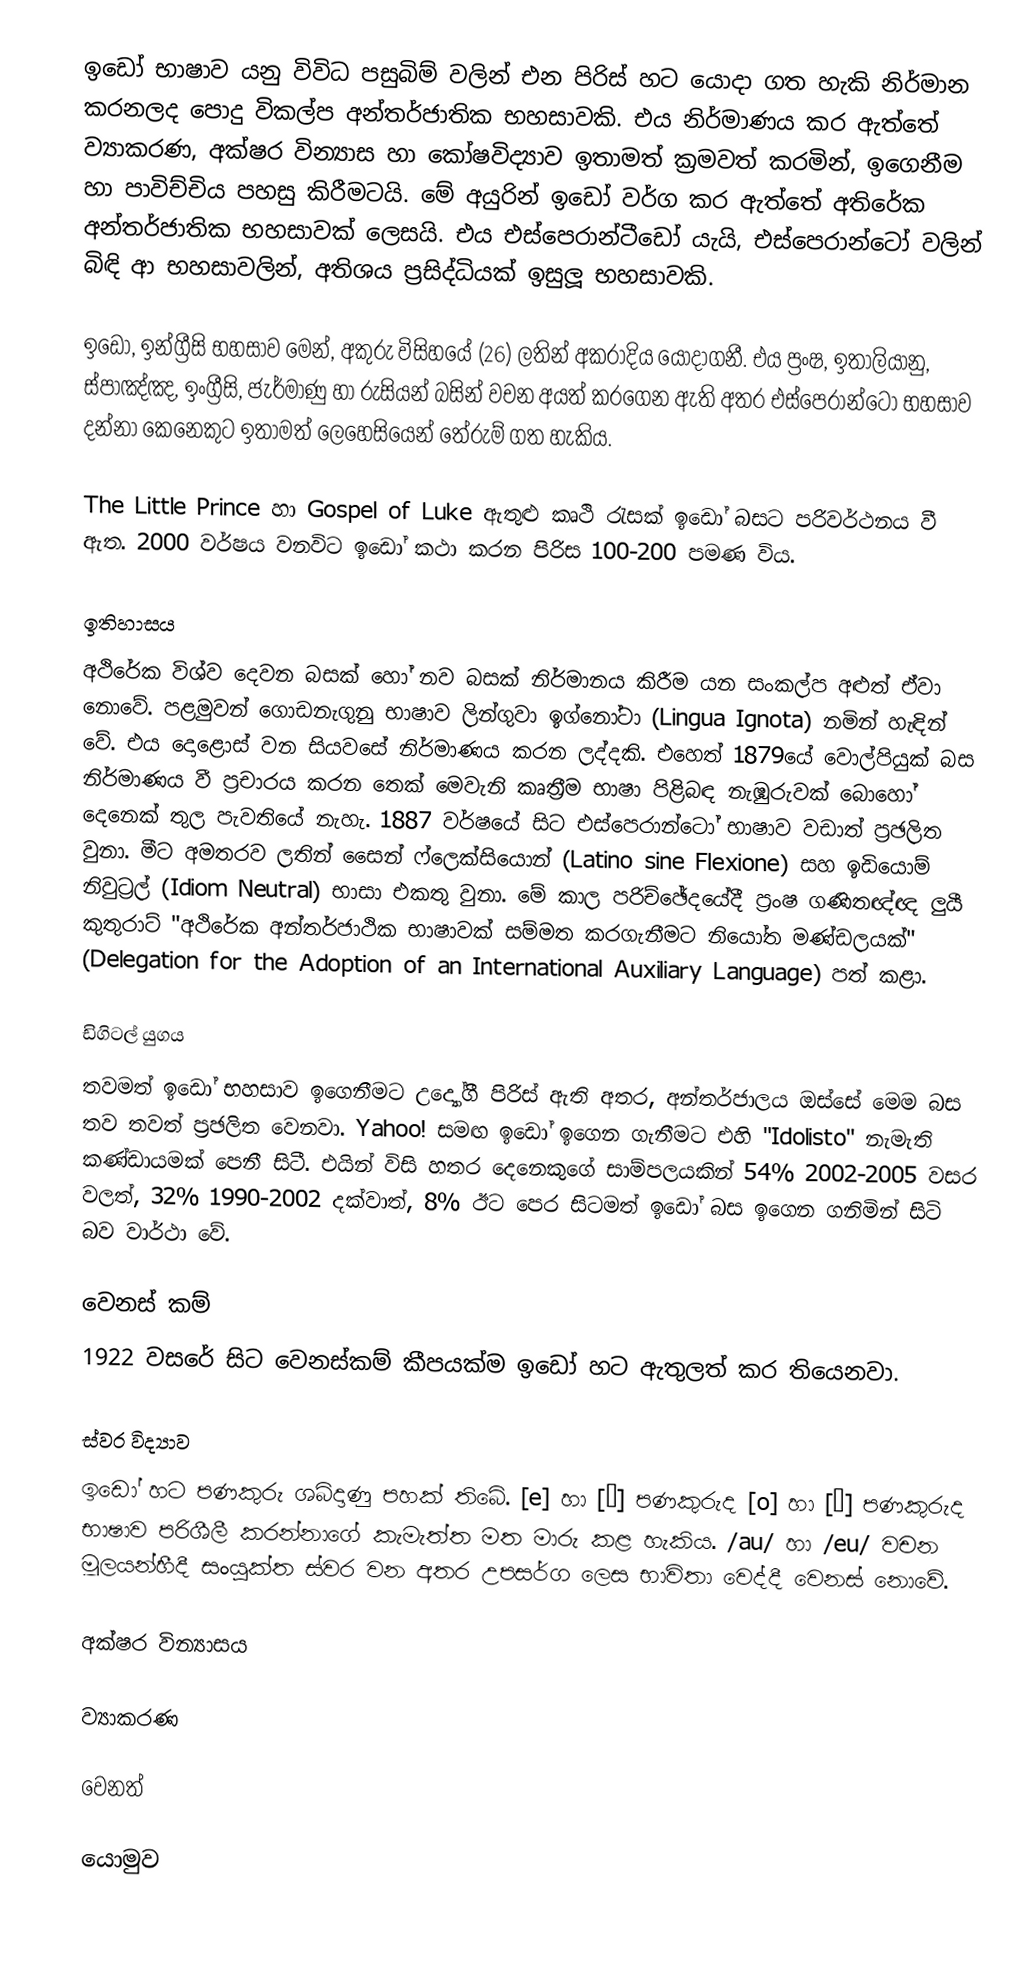
ඉඩෝ භාෂාව යනු විවිධ පසුබිම් වලින් එන පිරිස් හට යොදා ගත හැකි නිර්මාන කරනලද පොදු විකල්ප අන්තර්ජාතික භහසාවකි. එය නිර්මාණය කර ඇත්තේ ව්‍යාකරණ, අක්ෂර වින්‍යාස හා කෝෂවිද්‍යාව ඉතාමත් ක්‍රමවත් කරමින්, ඉගෙනීම හා පාවිච්චිය පහසු කිරීමටයි. මේ අයුරින් ඉඩෝ වර්ග කර ඇත්තේ අතිරේක අන්තර්ජාතික භහසාවක් ලෙසයි. එය එස්පෙරාන්ටීඩෝ යැයි, එස්පෙරාන්ටෝ වලින් බිඳි ආ භහසාවලින්, අතිශය ප්‍රසිද්ධියක් ඉසුලූ භහසාවකි.

ඉඩෝ, ඉන්ග්‍රීසි භහසාව මෙන්, අකුරු විසිහයේ (26) ලතින් අකරාදිය යොදාගනී. එය ප්‍රංෂ, ඉතාලියානු, ස්පාඤ්ඤ, ඉංග්‍රීසි, ජැර්මාණු හා රුසියන් බසින් වචන අයත් කරගෙන ඇති අතර එස්පෙරාන්ටෝ භහසාව දන්නා කෙනෙකුට ඉතාමත් ලෙහෙසියෙන් තේරුම් ගත හැකිය.

The Little Prince හා Gospel of Luke ඇතුළු කෘථි රැසක් ඉඩෝ බසට පරිවර්ථනය වී ඇත. 2000 වර්ෂය වනවිට ඉඩෝ කථා කරන පිරිස 100-200 පමණ විය.

ඉතිහාසය
අථිරේක විශ්ව දෙවන බසක් හෝ නව බසක් නිර්මානය කිරීම යන සංකල්ප අළුත් ඒවා නොවේ. පළමුවන් ගොඩනැගුනු භාෂාව ලින්ගුවා ඉග්නෝටා (Lingua Ignota) නමින් හැඳින් වේ. එය දොළොස් වන සියවසේ නිර්මාණය කරන ලද්දකි. එහෙත් 1879යේ වොල්පියුක් බස නිර්මාණය වී ප්‍රචාරය කරන තෙක් මෙවැනි කෘත්‍රීම භාෂා පිළිබඳ නැඹුරුවක් බොහෝ දෙනෙක් තුල පැවතියේ නැහැ. 1887 වර්ෂයේ සිට එස්පෙරාන්ටෝ භාෂාව වඩාත් ප්‍රඡලිත වුනා. මීට අමතරව ලතින් සෛන් ෆ්ලෙක්සියොන් (Latino sine Flexione) සහ ඉඩියොම් නිවුට්‍රල් (Idiom Neutral) භාසා එකතු වුනා. මේ කාල පරිච්ඡේදයේදී ප්‍රංෂ ගණිතඥ්ඥ ලුයී කුතුරාට් "අථිරේක අන්තර්ජාථික භාෂාවක් සම්මත කරගැනීමට නියෝත මණ්ඩලයක්" (Delegation for the Adoption of an International Auxiliary Language) පත් කළා.

ඩිගිටල් යුගය
තවමත් ඉඩෝ භහසාව ඉගෙනීමට උද්‍යෝගී පිරිස් ඇති අතර, අන්තර්ජාලය ඔස්සේ මෙම බස තව තවත් ප්‍රඡලිත වෙනවා. Yahoo! සමඟ ඉඩෝ ඉගෙන ගැනීමට එහි "Idolisto" නැමැති කණ්ඩායමක් පෙනී සිටී. එයින් විසි හතර දෙනෙකුගේ සාම්පලයකින් 54% 2002-2005 වසර වලත්, 32% 1990-2002 දක්වාත්, 8% ඊට පෙර සිටමත් ඉඩෝ බස ඉගෙන ගනිමින් සිටි බව වාර්ථා වේ.

වෙනස් කම්
1922 වසරේ සිට වෙනස්කම් කීපයක්ම ඉඩෝ හට ඇතුලත් කර තියෙනවා.

ස්වර විද්‍යාව
ඉඩෝ හට පණකුරු ශබ්දාණු පහක් තිබේ. [e] හා [ɛ] පණකුරුද [o] හා [ɔ] පණකුරුද භාෂාව පරිශීලී කරන්නාගේ කැමැත්ත මත මාරු කළ හැකිය. /au/ හා /eu/ වචන මූලයන්හීදී සංයුක්ත ස්වර වන අතර උපසර්ග ලෙස භාවිතා වෙද්දී වෙනස් නොවේ.

අක්ෂර වින්‍යාසය

ව්‍යාකරණ

වෙනත්

යොමුව